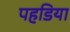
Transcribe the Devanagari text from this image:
पहडिया